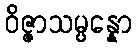
ဝိဇ္ဇာသမ္ပန္နော